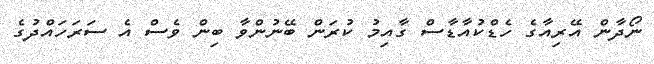
ނޯދާން އޭރިއާގެ ހެޑްކުއާޑާސް ގާއިމު ކުރަން ބޭނުންވާ ބިން ވެސް އެ ސަރަހައްދުގެ